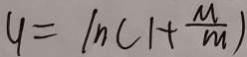
y = \ln ( 1 + \frac { M } { m } )